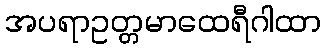
အပရာဥတ္တမာထေရီဂါထာ